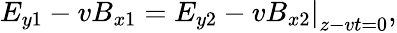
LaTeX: \left.E_{y1}-vB_{x1}=E_{y2}-vB_{x2}\right|_{z-vt=0},